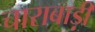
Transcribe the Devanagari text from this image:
चाराबाड़ी